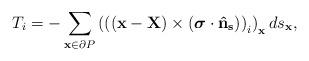
LaTeX: \begin{align*}T_{i} = - \sum_{\mathbf{x} \in \partial P} \left(\left(\left(\mathbf{x - X}\right) \times \left(\boldsymbol{\sigma} \cdot \mathbf{\hat{n}_{s}}\right) \right)_{i}\right)_{\mathbf{x}} ds_{\mathbf{x}},\end{align*}